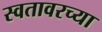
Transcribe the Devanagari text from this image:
स्वतावरच्या